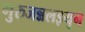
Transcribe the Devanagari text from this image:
गुरुजन्नलइयुन